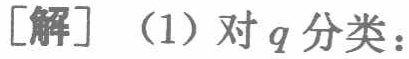
[解]（1）对\(q\)分类：